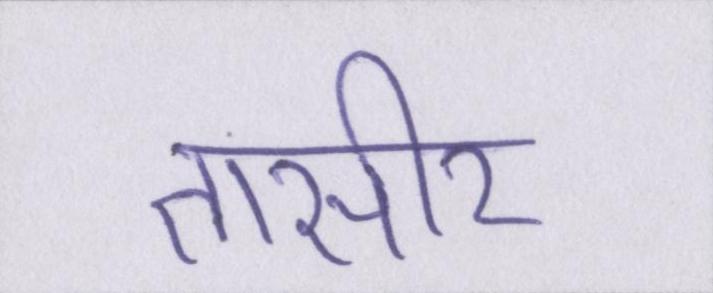
तासीर